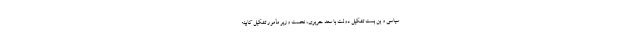
سیاسی و بن بست تشکیل دولت با سعد حریری، نخست وزیر مأمور تشکیل کابینه